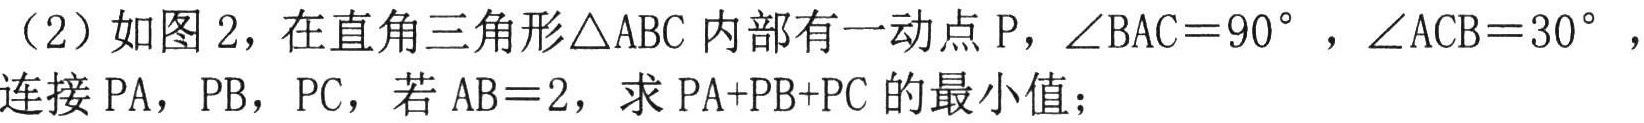
（2）如图 2，在直角三角形$\triangle ABC$内部有一动点$P$，$\angle BAC = 90^{\circ}$，$\angle ACB = 30^{\circ}$，连接$PA$，$PB$，$PC$，若$AB = 2$，求$PA + PB + PC$的最小值；